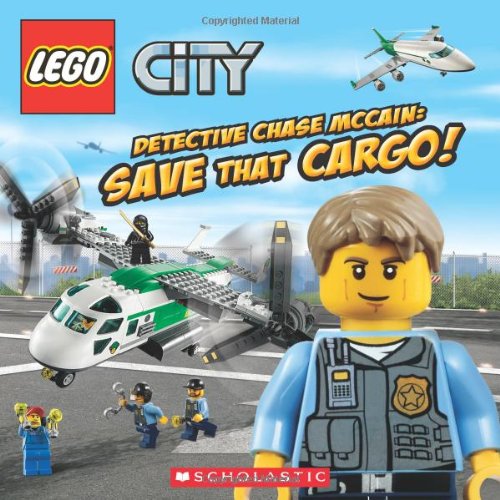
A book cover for LEGO City: Detective Chase McCain: Save That Cargo!; Trey King; Children's Books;